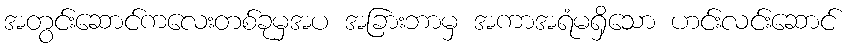
အတွင်းဆောင်ကလေးတစ်ခုမှအပ အခြားဘာမှ အကာအရံမရှိသော ဟင်းလင်းဆောင်